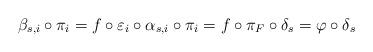
LaTeX: \begin{align*}\beta_{s,i}\circ\pi_i=f\circ\varepsilon_i \circ \alpha_{s,i}\circ\pi_i=f\circ \pi_F\circ\delta_s =\varphi \circ\delta_s\end{align*}